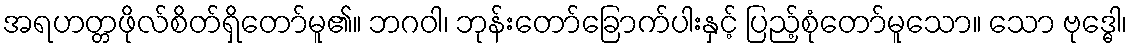
အရဟတ္တဖိုလ်စိတ်ရှိတော်မူ၏။ ဘဂဝါ၊ ဘုန်းတော်ခြောက်ပါးနှင့် ပြည့်စုံတော်မူသော။ သော ဗုဒ္ဓေါ၊